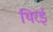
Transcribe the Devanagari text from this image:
थिरई